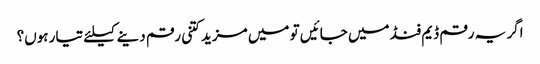
اگر یہ رقم ڈیم فنڈ میں جائیں تو میں مزید کتنی رقم دینے کیلئے تیار ہوں؟